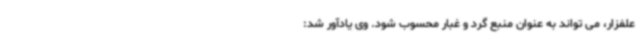
علفزار، می تواند به عنوان منبع گرد و غبار محسوب شود. وی یادآور شد: